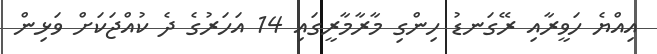
އިއްޔެ ހަވީރާއި ރޭގަނޑު ހިންގި މާރާމާރީގައި 14 އަހަރުގެ ދެ ކުއްޖަކަށް ވަޅިން